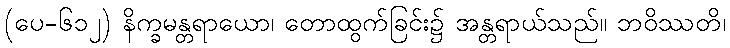
(ပေ-၆၁၂) နိက္ခမန္တရာယော၊ တောထွက်ခြင်း၌ အန္တရာယ်သည်။ ဘဝိဿတိ၊